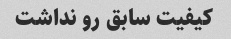
کیفیت سابق رو نداشت